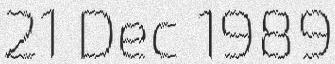
21 Dec 1989